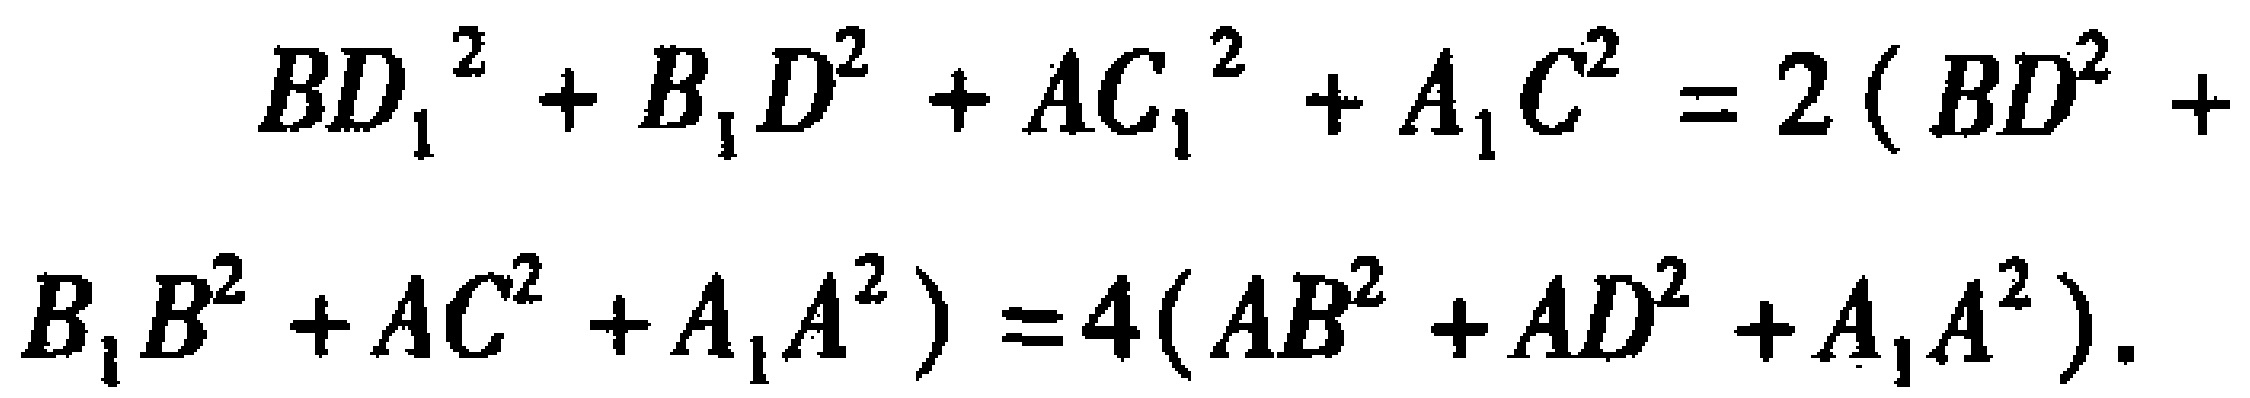
\[
\begin{align*}
{BD_{1}}^{2}+{B_{1}D}^{2}+{AC_{1}}^{2}+{A_{1}C}^{2}&=2({BD}^{2}+{B_{1}B}^{2}+{AC}^{2}+{A_{1}A}^{2})\\
&=4({AB}^{2}+{AD}^{2}+{A_{1}A}^{2})
\end{align*}
\]